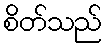
စိတ်သည်